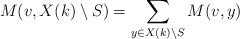
LaTeX: \begin{align*}M(v, X(k) \setminus S) = \sum\limits_{y \in X(k) \setminus S} M(v,y)\end{align*}